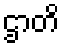
ဌာတိ